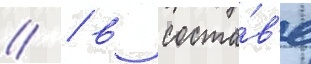
// / в соста́в'е